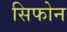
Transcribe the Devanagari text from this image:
सिफोन